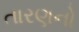
તારણનો